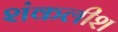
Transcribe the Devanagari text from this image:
शंकलीश